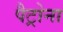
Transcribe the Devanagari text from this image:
पैट्रोना